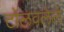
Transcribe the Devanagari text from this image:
टोलवलेले